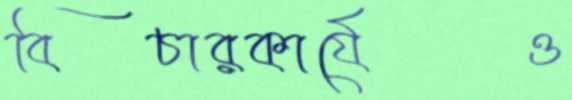
বিচারকার্যেও